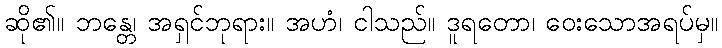
ဆို၏။ ဘန္တေ၊ အရှင်ဘုရား။ အဟံ၊ ငါသည်။ ဒူရတော၊ ဝေးသောအရပ်မှ။